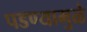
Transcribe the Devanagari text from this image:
पडण्यामुळे